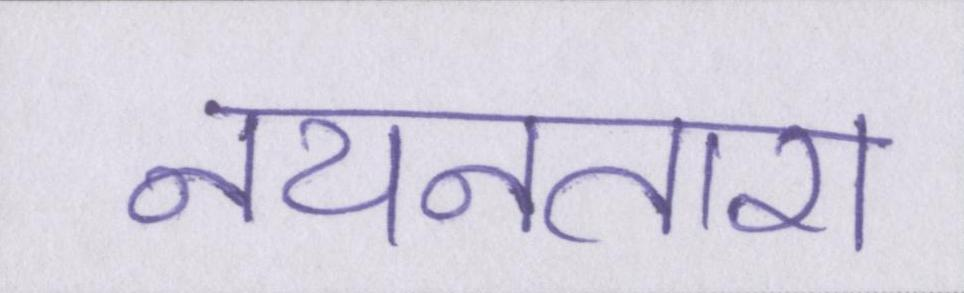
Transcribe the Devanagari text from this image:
नयनतारा